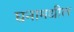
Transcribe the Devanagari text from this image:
घनामधील